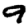
Digit: 9